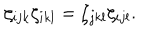
\zeta _ { i j k } \zeta _ { i k l } = \zeta _ { j k l } \zeta _ { i j l } .